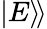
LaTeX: |E\rangle\! \rangle